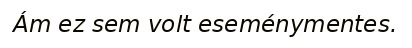
Ám ez sem volt eseménymentes.